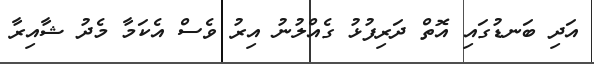
އަދި ބަނޑުގައި އޮތް ދަރިފުޅު ގެއްލުނު އިރު ވެސް އެކަމާ މެދު ޝާއިރާ